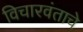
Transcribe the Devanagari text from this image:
विचारवंताचे